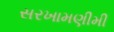
સરખામણીમી